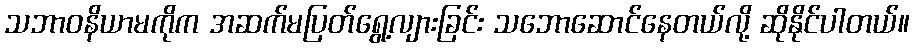
သဘာဝနိယာမကိုက အဆက်မပြတ်ရွေ့လျားခြင်း သဘောဆောင်နေတယ်လို့ ဆိုနိုင်ပါတယ်။